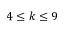
4 \le k \le 9